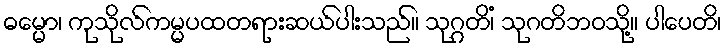
ဓမ္မော၊ ကုသိုလ်ကမ္မပထတရားဆယ်ပါးသည်။ သုဂ္ဂတိံ၊ သုဂတိဘဝသို့။ ပါပေတိ၊